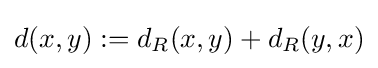
d(x,y):=d_{R}(x,y)+d_{R}(y,x)